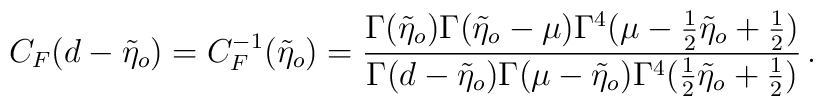
C_{F}(d-\tilde{\eta}_{o})=C_{F}^{-1}(\tilde{\eta}_{o})= \frac{\Gamma(\tilde{\eta}_{o})     \Gamma(\tilde{\eta}_{o}-\mu)\Gamma^{4}(\mu-\frac{1}{2}\tilde{\eta}_{o}    +\frac{1}{2})}{\Gamma(d-\tilde{\eta}_{o})\Gamma(\mu-\tilde{\eta}_{o}) \Gamma^{4}(\frac{1}{2}\tilde{\eta}_{o}+\frac{1}{2})}\,.